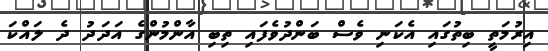
އިރުމަތީ ބިތުގައި އެކަނި ވެސް ބަންދުވެފައި ތިބި އާންމުންގެ އަދަދު ދެ ލައްކަ